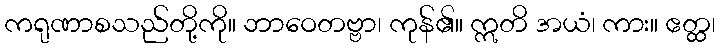
ကရုဏာစသည်တို့ကို။ ဘာဝေတဗ္ဗာ၊ ကုန်၏။ ဣတိ အယံ၊ ကား။ ဧတ္ထ၊